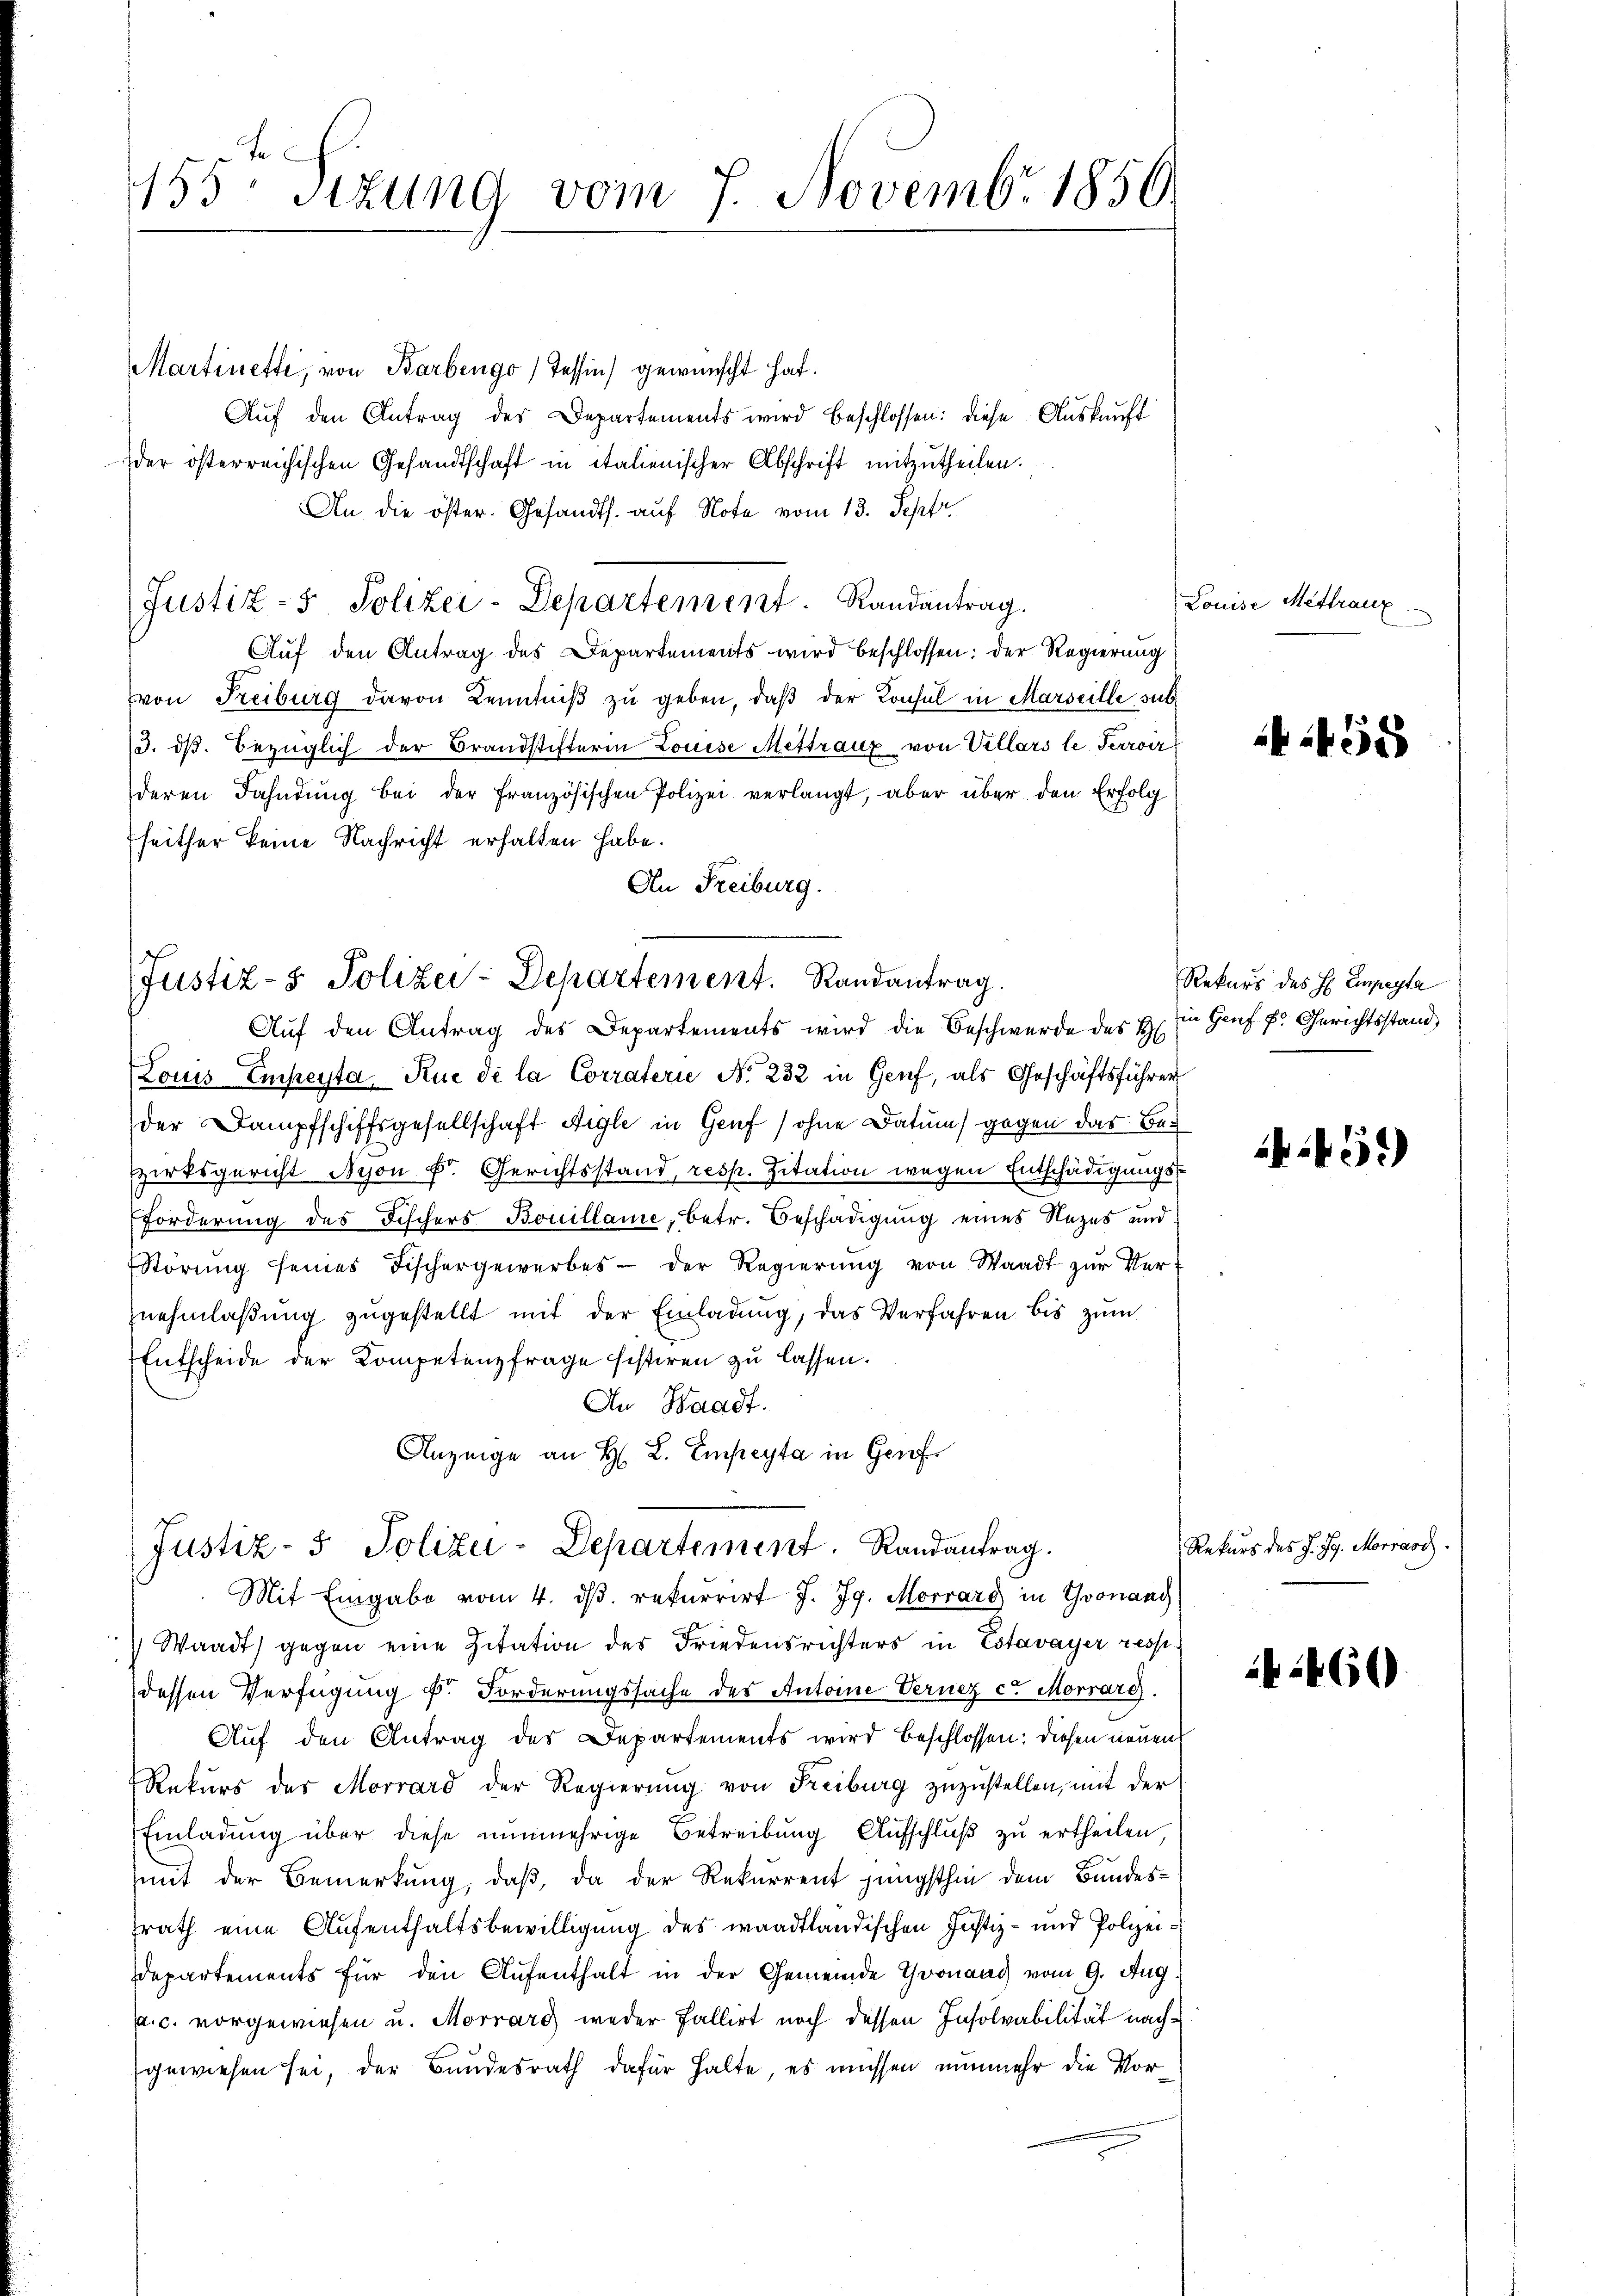
155 Sizung vom 7. Novembr. 1856.

Martinette, von Barbengo) Tessin gewünscht hat.
Auf den Antrag des Departements wird beschlossen: diese Auskunft
der österreichischen Gesandtschaft in italienischer Abschrift mitzutheilen.
An die öster. Gesandts. auf Note vom 13. Septr.
Justiz- & Polizei-Departement. Randantrag.
Auf den Antrag des Departements wird beschlossen: der Regierung
von Freiburg davon Kenntniβ zŭ geben, daß der Konsul in Marseille sub.
/3. dβ. bezüglich der Brandstifterin Louise Mettraux von Villars le Perroir
deren Fahndŭng bei der französischen Polizei verlangt, aber über den Erfolg
heither keine Nachricht erhalten habe.
An Freiburg.

Justiz- & Polizei-Departement. Randantrag.
Aŭf den Antrag des Departements wird die Beschwerde des H

Louis Empeyta Rue de la Corraterie No 232 in Genf, als Geschäftsführer
der Dampfschiffsgesellschaft Aigle in Genf (ohne Datum) gegen das Bezirksgericht Nyon Fr. Gerichtsstand, resp. Zitation wegen Entschädigungs-
Forderung des Fischers Bouillame, betr. Beschädigung eines Nazes und
Störŭng seines Fischergewerbes der Regierŭng von Waadt zŭr Ver-
znehmlaβŭng zŭgestellt mit der Einladŭng, das Verfahren bis zŭm
Entscheide der Kompetenzfrage sistiren zu lassen.
An Waadt.
Anzeige an H. L. Empeyta in Genf

Justiz- & Polizei-Departement. Randantrag.
Mit Eingabe vom 4. dβ. rekurrirt J. J. Morrard in Yvonand

Waadt) gegen eine Zitation des Friedensrichters in Estavayer ress
dessen Verfügung u. Forderungssache des Antoine Vernez ce Morrard.
Auf den Antrag des Departements wird beschlossen: diesen neuen
Rekŭrs der Morrard der Regierŭng von Freiburg zŭzŭstellen, mit der
Einladung über diese nunmehrige Betreibung Aufschluß zu ertheilen
mit der Bemerkung, daß, da der Rekurrent jüngsthin dem Bundesrath eine Aufenthaltsbewilligung des waadtländischen Justiz- und Polizei¬
Departements für den Aufenthalt in der Gemeinde Thronaud vom 9. Aug.
Ja.c. vorgewiesen u. Morrarg weder Fallirt noch dessen Insolvabilität nachgewiesen sei, der Bundesrath dafür halte, es müssen nunmehr die Vor¬

Louise Mittraux

if. 58

Rekurs des H. Einpeyta
in Genf E. Gerichtsstand

+51)

Rekurs des J. J. Morrasc

1460)